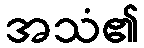
အသံ၏